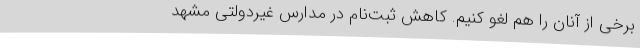
برخی از آنان را هم لغو کنیم. کاهش ثبت‌نام در مدارس غیردولتی مشهد